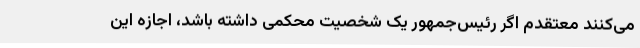
می‌کنند معتقدم اگر رئیس‌جمهور یک شخصیت محکمی داشته باشد، اجازه این